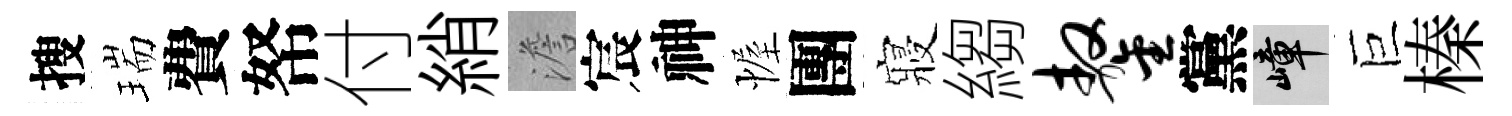
搜瑞費帑付綃澹宸神幄團寢縐鏊黨嶂巨榛